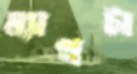
ম্যাপটা